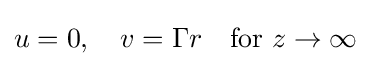
u=0,\quad v=\Gamma r\quad {\text{for }}z\rightarrow \infty